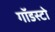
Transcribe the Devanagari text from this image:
गॉडस्टो